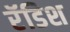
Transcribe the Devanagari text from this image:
रॅडिश